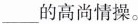
___的高尚情操。